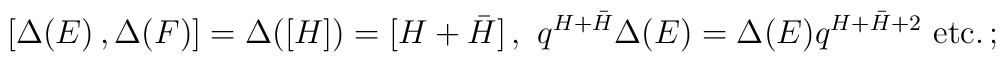
[\Delta (E)\,,\Delta (F)]=\Delta ([H]) = [H+\bar H]\,,\,\,q^{H+\bar H} \Delta (E) = \Delta (E) q^{H+\bar H +2}\,\, {\rm{etc.}}\,;